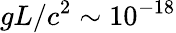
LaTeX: gL/c^{2}\sim 10^{-18}